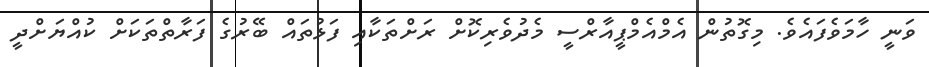
ވަނީ ހާމަވެފައެވެ. މިގޮތުން އެމްއެމްޕީއާރްސީ މެދުވެރިކޮށް ރަށްތަކާއި ފަޅުތައް ބޭރުގެ ފަރާތްތަކަށް ކުއްޔަށްދީ